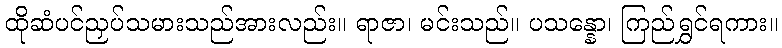
ထိုဆံပင်ညှပ်သမားသည်အားလည်း။ ရာဇာ၊ မင်းသည်။ ပသန္နော၊ ကြည်ရွှင်ရကား။